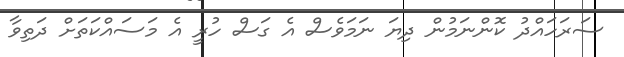
ސަރަަހައްދު ކޮންނަމުން ދިޔަ ނަމަވެސް އެ ގަސް ހުރީ އެ މަސައްކަތަށް ދަތިވާ